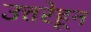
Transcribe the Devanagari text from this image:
उत्तरेहून